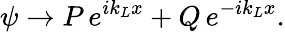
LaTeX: \psi\rightarrow P\, e^{ik_{L}x}+Q\, e^{-ik_{L}x}.